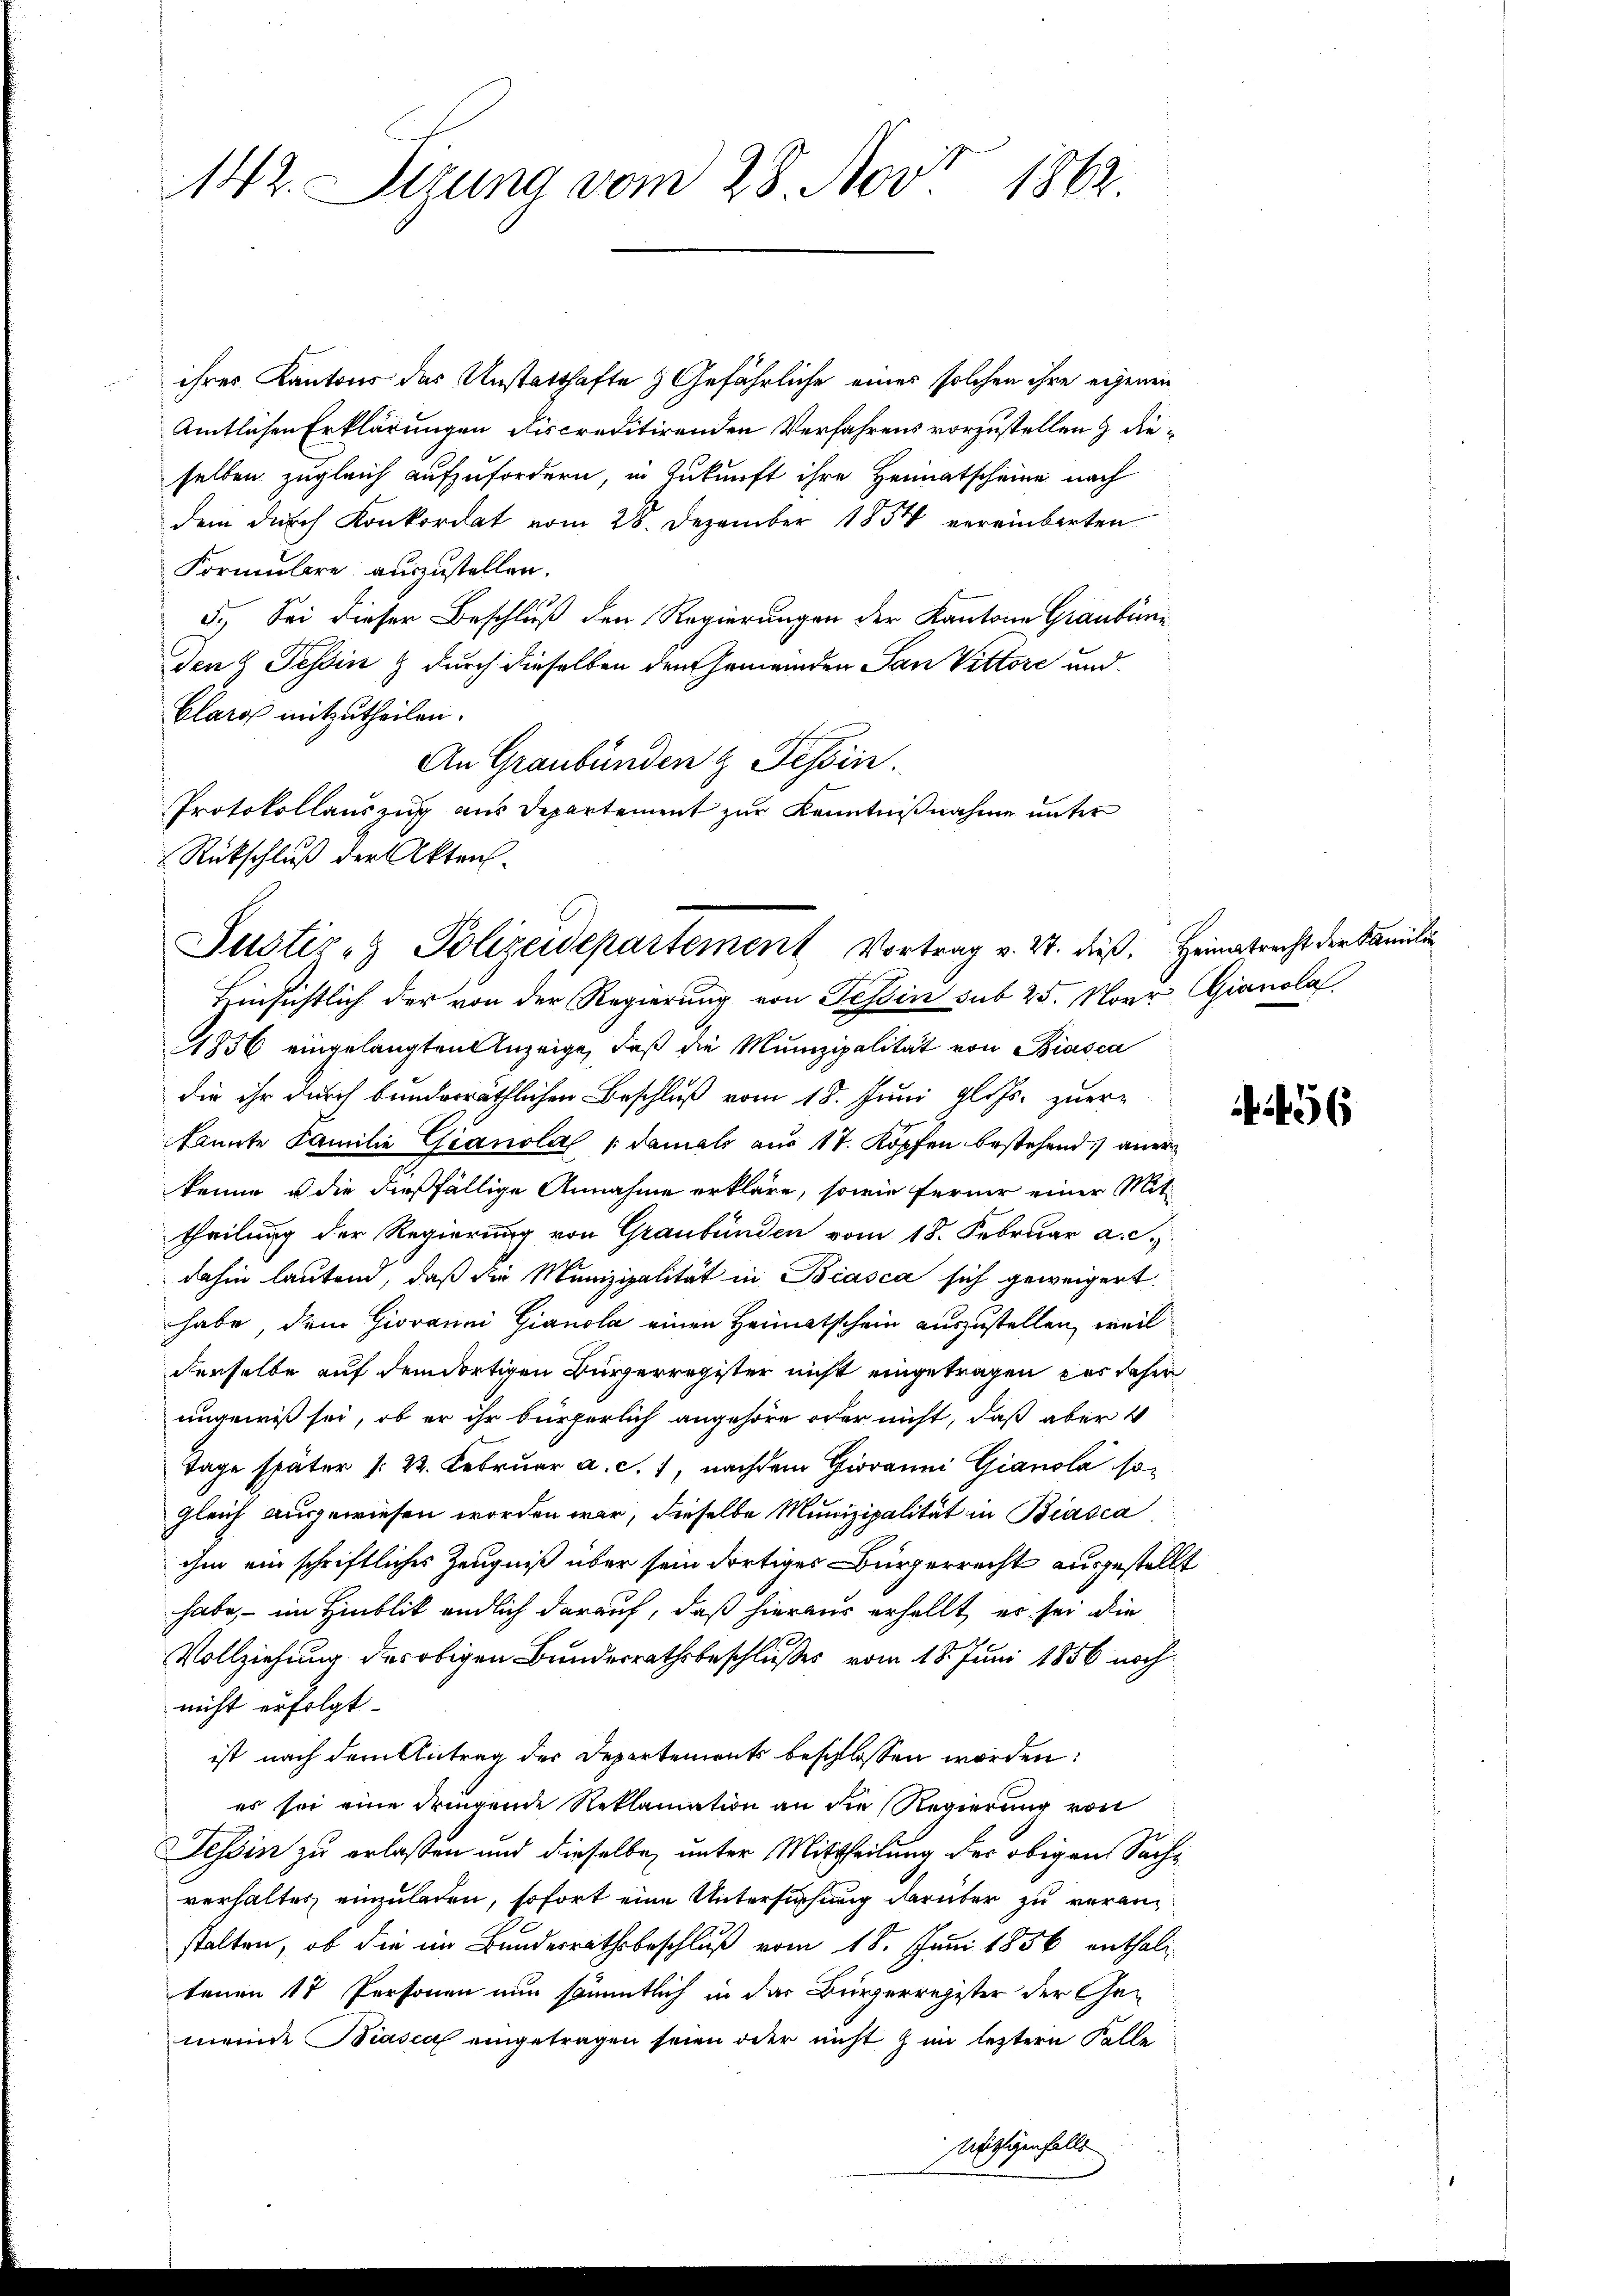
142. Sizung vom 28. Nov. 1862

ihres Kantons des Unstatthafte & Gefährliche einer solchen ihre eigenen
Amtlichen Erklärungen discreditirenden Verfahrens vorzustellen & dieselben zugleich aufzufordern, in Zukunft ihre Heimatscheine nach
dem dŭrch Konkordat vom 28. Dezember 1854 vereinbarten
Formulare auszustellen.
5.) Sei dieser Beschluß den Regierungen der Kantone Graubün¬
Den 2 Tessin & durch dieselben den Gemeinden San Vittore und
Clara mitzutheilen.
An Graubünden & Tessin.
Protokollauszug aus Departement zur Kenntnißnahme unter
Hinsichtlich der von der Regierung von Tessin sub 25. Novr Gianola.
1856 eingelangten Anzeige, daß die Munizipalität von Biasca
die ihr durch bunderräthlichen Beschluß vom 18. Juni glits. zuer-
kannte Familie Gianola /: damals aus 17. Köpfen bestehend) anerkenne u die dießfällige Annahme erkläre, sowie ferner einer Mit-
theilung der Regierung von Graubünden vom 18. Februar a. S.
dahin lautend, daß die Munizipalität in Biasca sich geweigert
habe, dem Giovanni Gianola einen Heimatschein auszustellen, weil
derselbe auf dem dortigen Bürgerregister nicht eingetragen das daher
ungewiß sei, ob er ihr bürgerlich angehöre oder nicht, daß aber 4
Tage später /: 22. Februar a. c. 1, nachdem Giovanni Gianola so
gleich ausgewiesen worden war, dieselbe Munizipalität in Biasca
ihm ein schriftliches Zeugniß über sein dortiges Bürgerrecht ausgestellt
habe, – im Hinblik endlich darauf, daß hieraus erhellt, er sei die
Vollziehung der obigen Bundesrathsbeschlußes vom 18. Juni 1856 noch
nicht erfolgt.
ist nach dem Antrag der Departements beschlossen worden:
es sei eine dringende Reklamation an die Regierung von
Tessin zu erlaßen und dieselbe, unter Mittheilung der obigen Sachverhaltes einzuladen, sofort eine Untersuchung darüber zu veranstalten, ob die im Bundesrathsbeschluß vom 18. Juni 1856 enthalt
tenen 17 Personen nun sämmtlich in das Bürgerregister der Gemeinde Biasca eingetragen seien oder nicht zum leztern Falle
nöthigenfalls

Rückschluß der Akten.
Justiz- & Polizeidepartement Vortrag v. 27. dieß. Heimatrecht der Familie

56